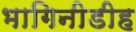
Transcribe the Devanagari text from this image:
भागिनीडीह